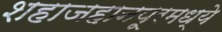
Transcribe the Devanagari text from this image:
शहाजहानपूरमध्ये